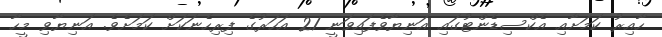
ހާއިރު ކަމަށާއި އެކްސިޑެންޓުގައި އަނިޔާވެފައިވަނީ 21 އަހަރުގެ ފިރިހެނަކަށް ކަމަށެވެ. އަނިޔާވި މީހާ